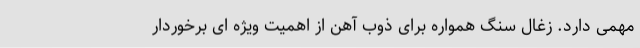
مهمی دارد. زغال سنگ همواره برای ذوب آهن از اهمیت ویژه ای برخوردار